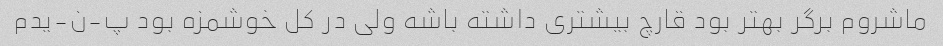
ماشروم برگر بهتر بود قارچ بیشتری داشته باشه ولی در کل خوشمزه بود پ-ن-یدم